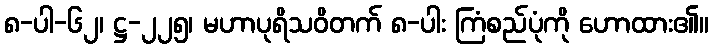
၈-ပါ-၆၂၊ ဋ္ဌ-၂၂၅၊ မဟာပုရိသဝိတက် ၈-ပါး ကြံစည်ပုံကို ဟောထား၏။